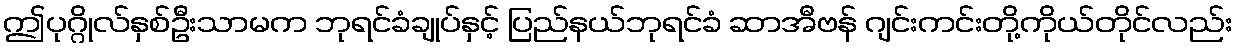
ဤပုဂ္ဂိုလ်နှစ်ဦးသာမက ဘုရင်ခံချုပ်နှင့် ပြည်နယ်ဘုရင်ခံ ဆာအီဗန် ဂျင်းကင်းတို့ကိုယ်တိုင်လည်း